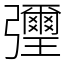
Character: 㣆